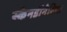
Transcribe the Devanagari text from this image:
स्केनडीनेविया